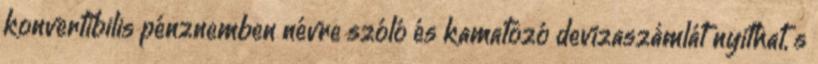
konvertibilis pénznemben névre szóló és kamatozó devizaszámlát nyithat, s